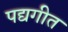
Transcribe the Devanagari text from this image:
पद्यगीत